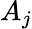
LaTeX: A_{j}